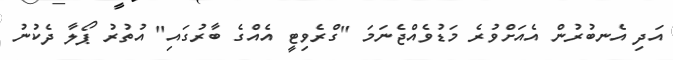
އަދި އެނބުރުން އެއަށްވުރެ މަޑުވެއްޖެނަމަ "ގްރެވިޓީ އެއްގެ ބާރުގައި" އުތުރު ޕޯލާ ދެކުނު